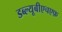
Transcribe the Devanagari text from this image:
डब्ल्यूबीएचएफ़